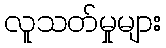
လူသတ်မှုများ